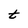
Character: t